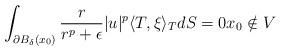
LaTeX: \begin{align*}\int_{\partial B_{\delta}(x_0)}\frac{r}{r^p+\epsilon}|u|^p\langle T,\xi\rangle_T dS=0x_0\notin V\end{align*}